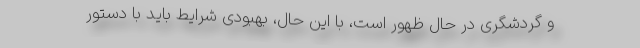
و گردشگری در حال ظهور است، با این حال، بهبودی شرایط باید با دستور